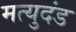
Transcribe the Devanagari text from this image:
मत्युदंड